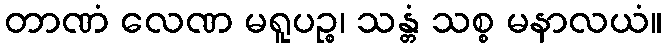
တာဏံ လေဏ မရူပဉ္စ၊ သန္တံ သစ္စ မနာလယံ။